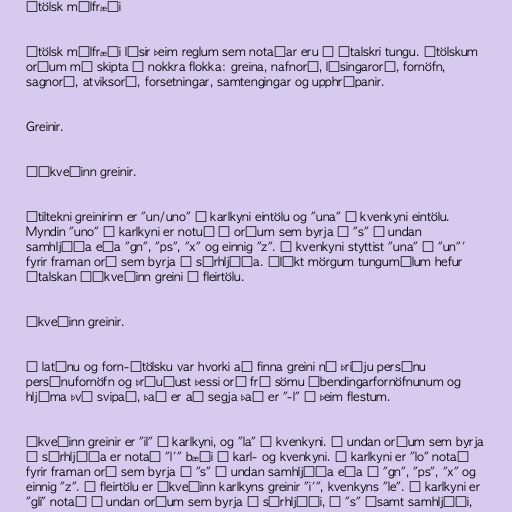
Ítölsk málfræði

Ítölsk málfræði lýsir þeim reglum sem notaðar eru í ítalskri tungu. Ítölskum
orðum má skipta í nokkra flokka: greina, nafnorð, lýsingarorð, fornöfn,
sagnorð, atviksorð, forsetningar, samtengingar og upphrópanir.

Greinir.

Óákveðinn greinir.

Ótiltekni greinirinn er "un/uno" í karlkyni eintölu og "una" í kvenkyni eintölu.
Myndin "uno" í karlkyni er notuð í orðum sem byrja á "s" á undan
samhljóða eða "gn", "ps", "x" og einnig "z". Í kvenkyni styttist "una" í "un"'
fyrir framan orð sem byrja á sérhljóða. Ólíkt mörgum tungumálum hefur
ítalskan óákveðinn greini í fleirtölu.

Ákveðinn greinir.

Í latínu og forn-ítölsku var hvorki að finna greini né þriðju persónu
persónufornöfn og þróuðust þessi orð frá sömu ábendingarfornöfnunum og
hljóma því svipað, það er að segja það er "-l" í þeim flestum.

Ákveðinn greinir er "il" í karlkyni, og "la" í kvenkyni. Á undan orðum sem byrja
á sérhljóða er notað "l'" bæði í karl- og kvenkyni. Í karlkyni er "lo" notað
fyrir framan orð sem byrja á "s" á undan samhljóða eða á "gn", "ps", "x" og
einnig "z". Í fleirtölu er ákveðinn karlkyns greinir "i'", kvenkyns "le". Í karlkyni er
"gli" notað á undan orðum sem byrja á sérhljóði, á "s" ásamt samhljóði,